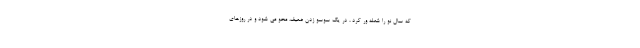
که سال نو را شعله ور کرد ، در یک سوسو زدن ضعیف، محو می شود و در روزهای